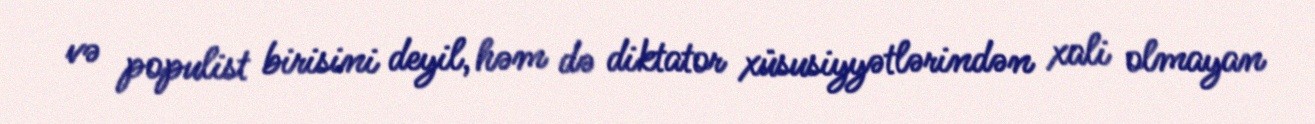
və populist birisini deyil, həm də diktator xüsusiyyətlərindən xali olmayan